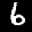
Label: 6